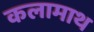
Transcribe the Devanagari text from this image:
कलामाथ